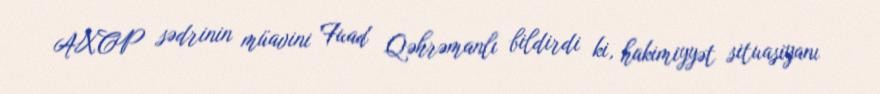
AXCP sədrinin müavini Fuad Qəhrəmanlı bildirdi ki, hakimiyyət situasiyanı